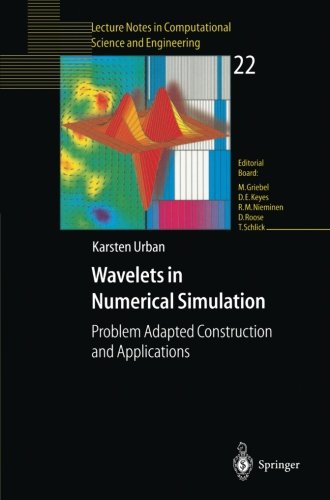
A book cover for Wavelets in Numerical Simulation; Karsten Urban; Science & Math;